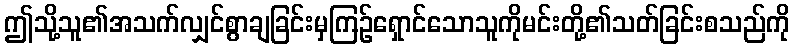
ဤသို့သူ၏အသက်လျှင်စွာချခြင်းမှကြဉ်ရှောင်သောသူကိုမင်းတို့၏သတ်ခြင်းစသည်ကို